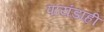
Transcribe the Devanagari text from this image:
पायंडाही